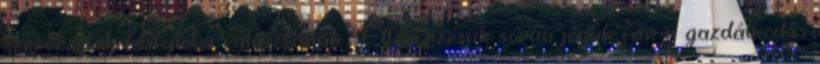
szervezetek testületei választanak Ellenőrzésük során joguk van a gazdálkodás